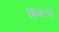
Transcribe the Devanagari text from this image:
विवरण्